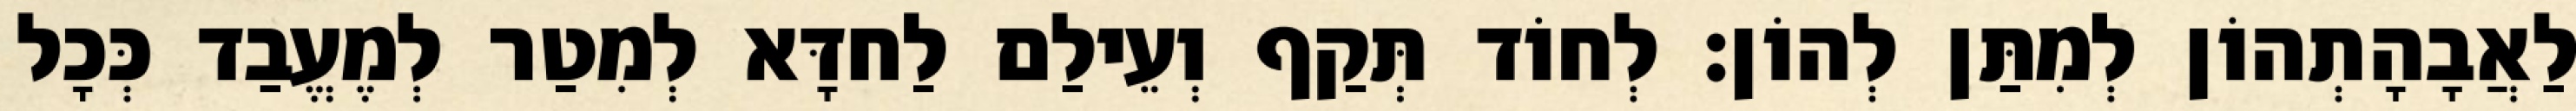
לַאֲבָהָתְהוֹן לְמִתַּן לְהוֹן׃ לְחוֹד תְּקַף וְעֵילַם לַחדָּא לְמִטַר לְמֶעֱבַד כְּכָל